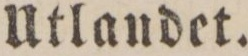
Utlandet.